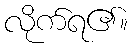
လိုက်ရ၏။